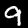
Digit: 9